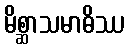
မိစ္ဆာသမာဓိဿ